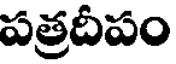
పత్రదీపం